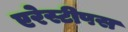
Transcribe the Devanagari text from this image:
एरेस्टीपस